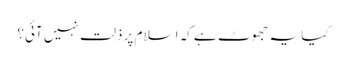
کیا یہ جھوٹ ہے کہ اسلام پر ذلت نہیں آئی؟